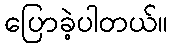
ပြောခဲ့ပါတယ်။